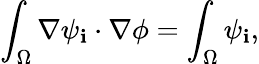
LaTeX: \int_{\Omega}\nabla\psi_{\mathbf{i}}\cdot\nabla\phi=\int_{\Omega}\psi_{\mathbf{i}},